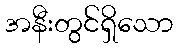
အနီးတွင်ရှိသော